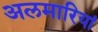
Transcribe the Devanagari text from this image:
अलमारियां